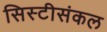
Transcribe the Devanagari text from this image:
सिस्टीसंकल